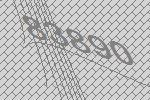
83890